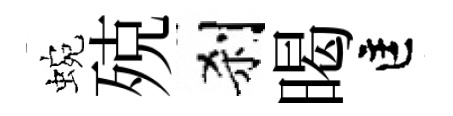
蜿殑刹暍匡